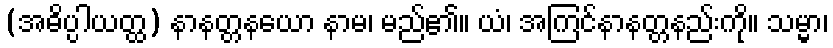
(အဓိပ္ပါယတ္ထ) နာနတ္တနယော နာမ၊ မည်၏။ ယံ၊ အကြင်နာနတ္တနည်းကို။ သမ္မာ၊